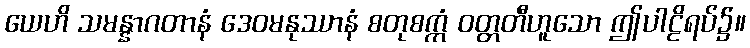
ယေဟိ သမန္နာဂတာနံ ဒေဝမနုဿာနံ စတုစက္ကံ ဝတ္တတီဟူသော ဤပါဠိရပ်၌။